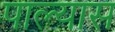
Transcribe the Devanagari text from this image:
पाल्यास